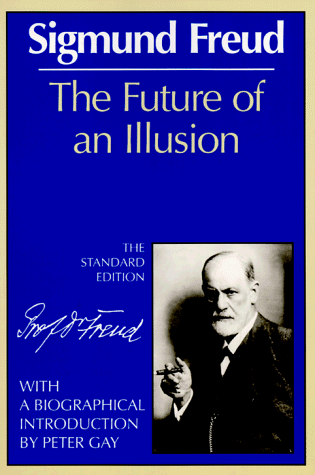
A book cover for The Future of an Illusion (The Standard Edition)  (Complete Psychological Works of Sigmund Freud); Sigmund Freud; Medical Books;